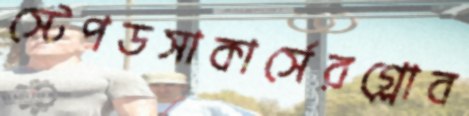
স্টেপডসাকার্সেরগ্লোব